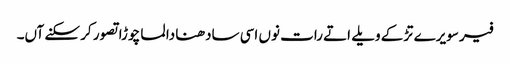
فیر سویرے تڑکے ویلے اتے رات نوں اسی سادھنا دا لما چوڑا تصور کر سکنے آں۔